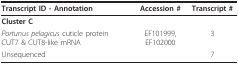
<table><thead><tr><td><b>Transcript ID - Annotation</b></td><td><b>Accession #</b></td><td><b>Transcript #</b></td></tr></thead><tbody><tr><td><b>Cluster C</b></td><td></td><td></td></tr><tr><td><i>Portunus pelagicus </i>cuticle protein CUT7 &amp; CUT8-like mRNA</td><td>EF101999, EF102000</td><td>3</td></tr><tr><td>Unsequenced</td><td></td><td>7</td></tr></tbody></table>